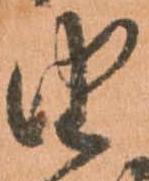
由